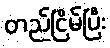
တည်ငြိမ်ပြီး